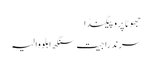
جھوٹا پروپیگنڈا
سرندرا جیت سنگھ اہلووالیہ